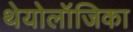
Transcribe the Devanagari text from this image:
थेयोलॉजिका